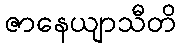
ဇာနေယျာသီတိ